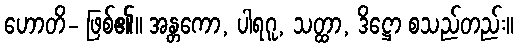
ဟောတိ- ဖြစ်၏။ အန္တကော, ပါရဂူ, သတ္ထာ, ဒိဋ္ဌော စသည်တည်း။